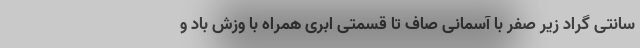
سانتی گراد زیر صفر با آسمانی صاف تا قسمتی ابری همراه با وزش باد و